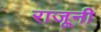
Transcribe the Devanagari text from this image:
राजूनी